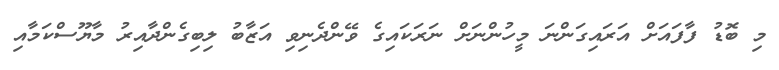
މި ބޮޑު ފާފައަށް އަރައިގަންނަ މީހުންނަށް ނަރަކައިގެ ވޭންދެނިވި އަޒާބު ލިބިގެންދާއިރު މާޔޫސްކަމާއި